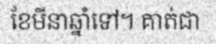
ខែមីនាឆ្នាំទៅ។ គាត់ជា